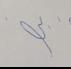
Signature authenticity: forged